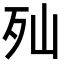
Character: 𣧈